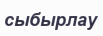
сыбырлау